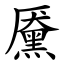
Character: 黡